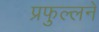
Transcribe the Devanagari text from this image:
प्रफुल्लने